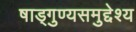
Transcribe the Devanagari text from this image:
षाड्गुण्यसमुद्देश्य